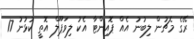
ރޭގެ މެޗުން ލިބުނު އެއް ޕޮއިންޓާ އެކު ލިވަޕޫލް އޮތީ ކުޅުނު 17